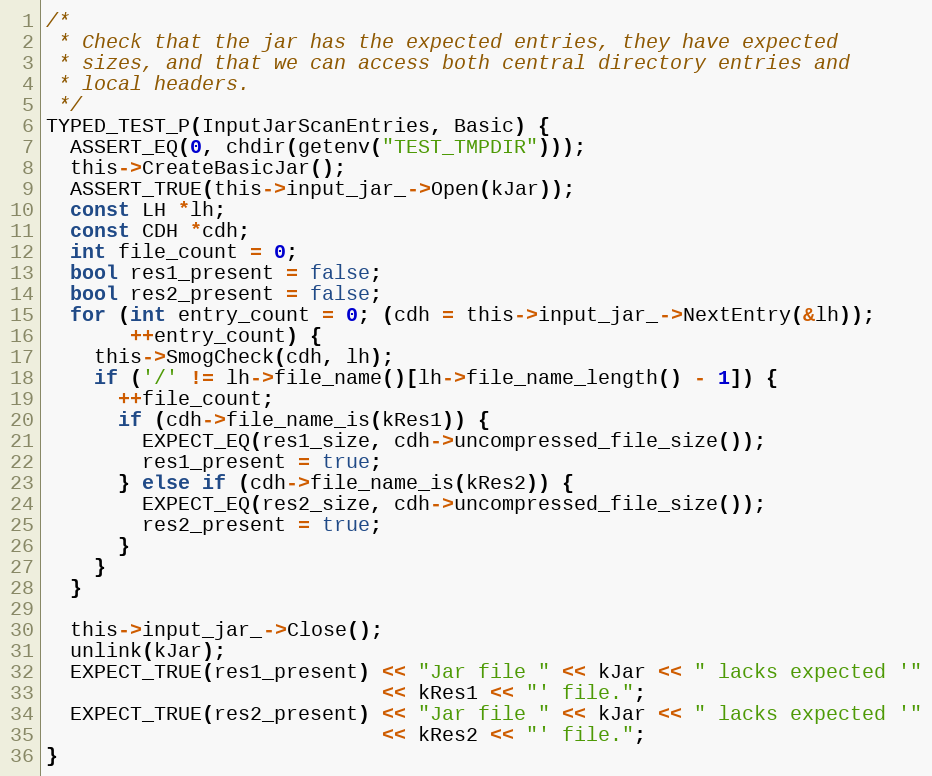
Language: C
/*
 * Check that the jar has the expected entries, they have expected
 * sizes, and that we can access both central directory entries and
 * local headers.
 */
TYPED_TEST_P(InputJarScanEntries, Basic) {
  ASSERT_EQ(0, chdir(getenv("TEST_TMPDIR")));
  this->CreateBasicJar();
  ASSERT_TRUE(this->input_jar_->Open(kJar));
  const LH *lh;
  const CDH *cdh;
  int file_count = 0;
  bool res1_present = false;
  bool res2_present = false;
  for (int entry_count = 0; (cdh = this->input_jar_->NextEntry(&lh));
       ++entry_count) {
    this->SmogCheck(cdh, lh);
    if ('/' != lh->file_name()[lh->file_name_length() - 1]) {
      ++file_count;
      if (cdh->file_name_is(kRes1)) {
        EXPECT_EQ(res1_size, cdh->uncompressed_file_size());
        res1_present = true;
      } else if (cdh->file_name_is(kRes2)) {
        EXPECT_EQ(res2_size, cdh->uncompressed_file_size());
        res2_present = true;
      }
    }
  }

  this->input_jar_->Close();
  unlink(kJar);
  EXPECT_TRUE(res1_present) << "Jar file " << kJar << " lacks expected '"
                            << kRes1 << "' file.";
  EXPECT_TRUE(res2_present) << "Jar file " << kJar << " lacks expected '"
                            << kRes2 << "' file.";
}